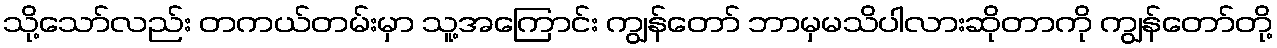
သို့သော်လည်း တကယ်တမ်းမှာ သူ့အကြောင်း ကျွန်တော် ဘာမှမသိပါလားဆိုတာကို ကျွန်တော်တို့